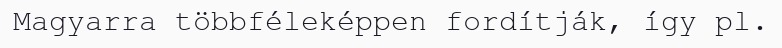
Magyarra többféleképpen fordítják, így pl.